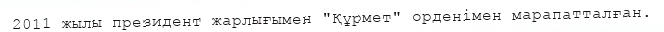
2011 жылы президент жарлығымен "Құрмет" орденімен марапатталған.